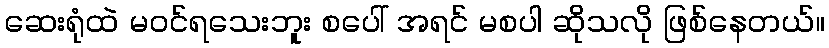
ဆေးရုံထဲ မဝင်ရသေးဘူး စပေါ် အရင် မစပါ ဆိုသလို ဖြစ်နေတယ်။